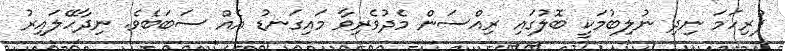
ފުރިހަމަ ނިދި ނުލިބުމަކީ ބޮލުގައި ރިއްސަން މެދުވެރިވާ މައިގަނޑު އެއް ސަބަބެވެ. ނިދާހޭލައިރު